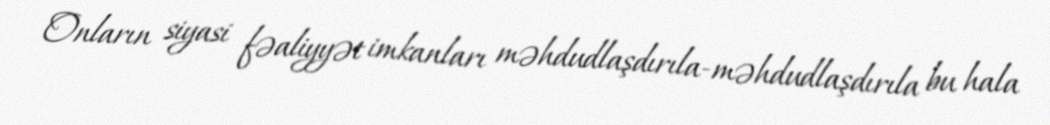
Onların siyasi fəaliyyət imkanları məhdudlaşdırıla-məhdudlaşdırıla bu hala